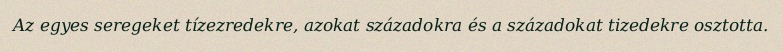
Az egyes seregeket tízezredekre, azokat századokra és a századokat tizedekre osztotta.